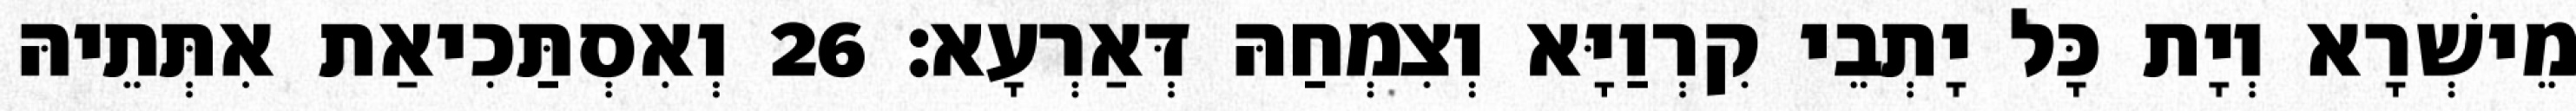
מֵישְׁרָא וְיָת כָּל יָתְבֵי קִרְוַיָּא וְצִמְחַהּ דְּאַרְעָא׃ 26 וְאִסְתַּכִיאַת אִתְּתֵיהּ